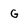
Character: G